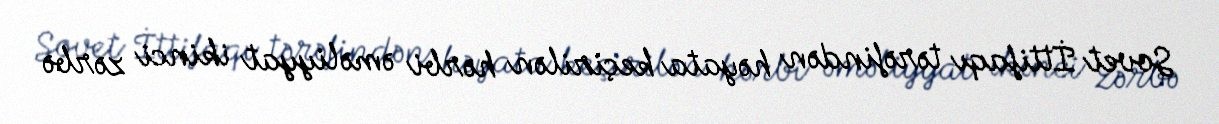
Sovet İttifaqı tərəfindən həyata keçirilən hərbi əməliyyat ikinci zərbə